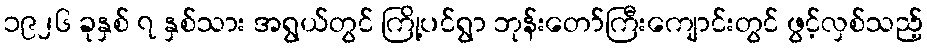
၁၉၂၆ ခုနှစ် ၇ နှစ်သား အရွယ်တွင် ကြို့ပင်ရွာ ဘုန်းတော်ကြီးကျောင်းတွင် ဖွင့်လှစ်သည့်